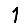
Digit: 1